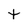
Character: t